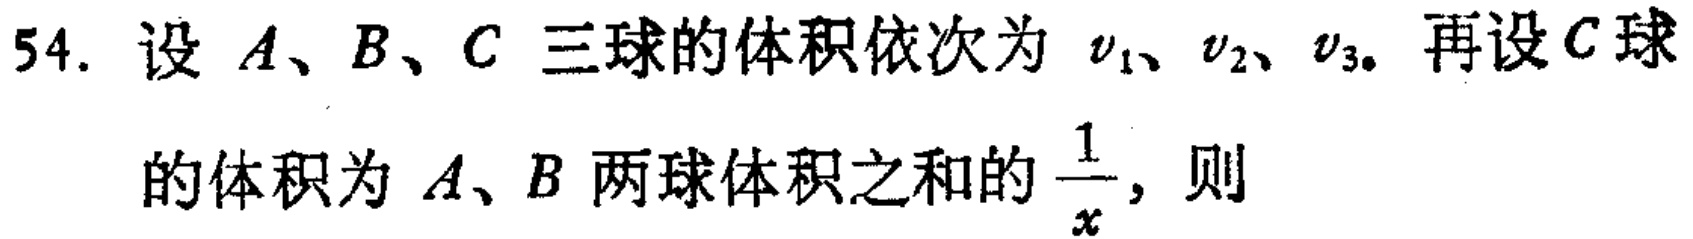
54. 设 \(A、B、C\) 三球的体积依次为 \(\nu_{1}、\nu_{2}、\nu_{3}\). 再设 \(C\) 球的体积为 \(A、B\) 两球体积之和的 \(\frac{1}{x}\), 则